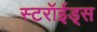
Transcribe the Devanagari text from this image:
स्टरॉईड्स